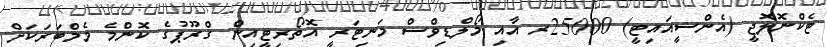
ޓެކްނޮލޮޖީ (އެންސީއައިޓީ) 25000ރ އާއި މޯލްޑިވްސް މަނިޓަރީ އޮތޯރިޓީއިން ގްރޫޕުގެ ކޮންމެ މެމްބަރަކަށް